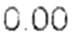
0.00